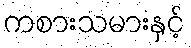
ကစားသမားနှင့်